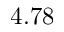
4 . 7 8